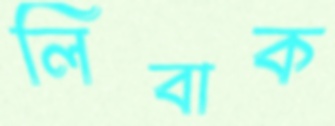
লিবাক